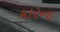
કારના